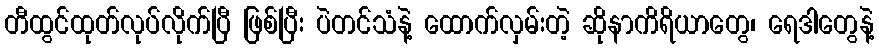
တီထွင်ထုတ်လုပ်လိုက်ပြီ ဖြစ်ပြီး ပဲတင်သံနဲ့ ထောက်လှမ်းတဲ့ ဆိုနာကိရိယာတွေ၊ ရေဒါတွေနဲ့